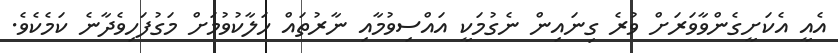
އެއީ އެކަށީގެންވާވަރަށް ވުރެ ގިނައިން ނެގުމަކީ އައްސިވުމާއި ނާރުތައް ހަލާކުވުމަށް މަގުފަހިވެދާނެ ކަމެކެވެ.